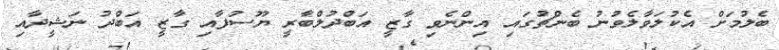
ބެލުމަށް އެކުލަވާލެވުނު ބެންޗުގައި އިންނެވި ގާޒީ އަބްދުލްބާރީ ޔޫސުފާއި ގާޒީ އަބްދު ނަޝީދާއި